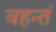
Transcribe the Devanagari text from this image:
वहन्तं